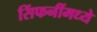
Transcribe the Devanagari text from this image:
सिंफनींमध्ये